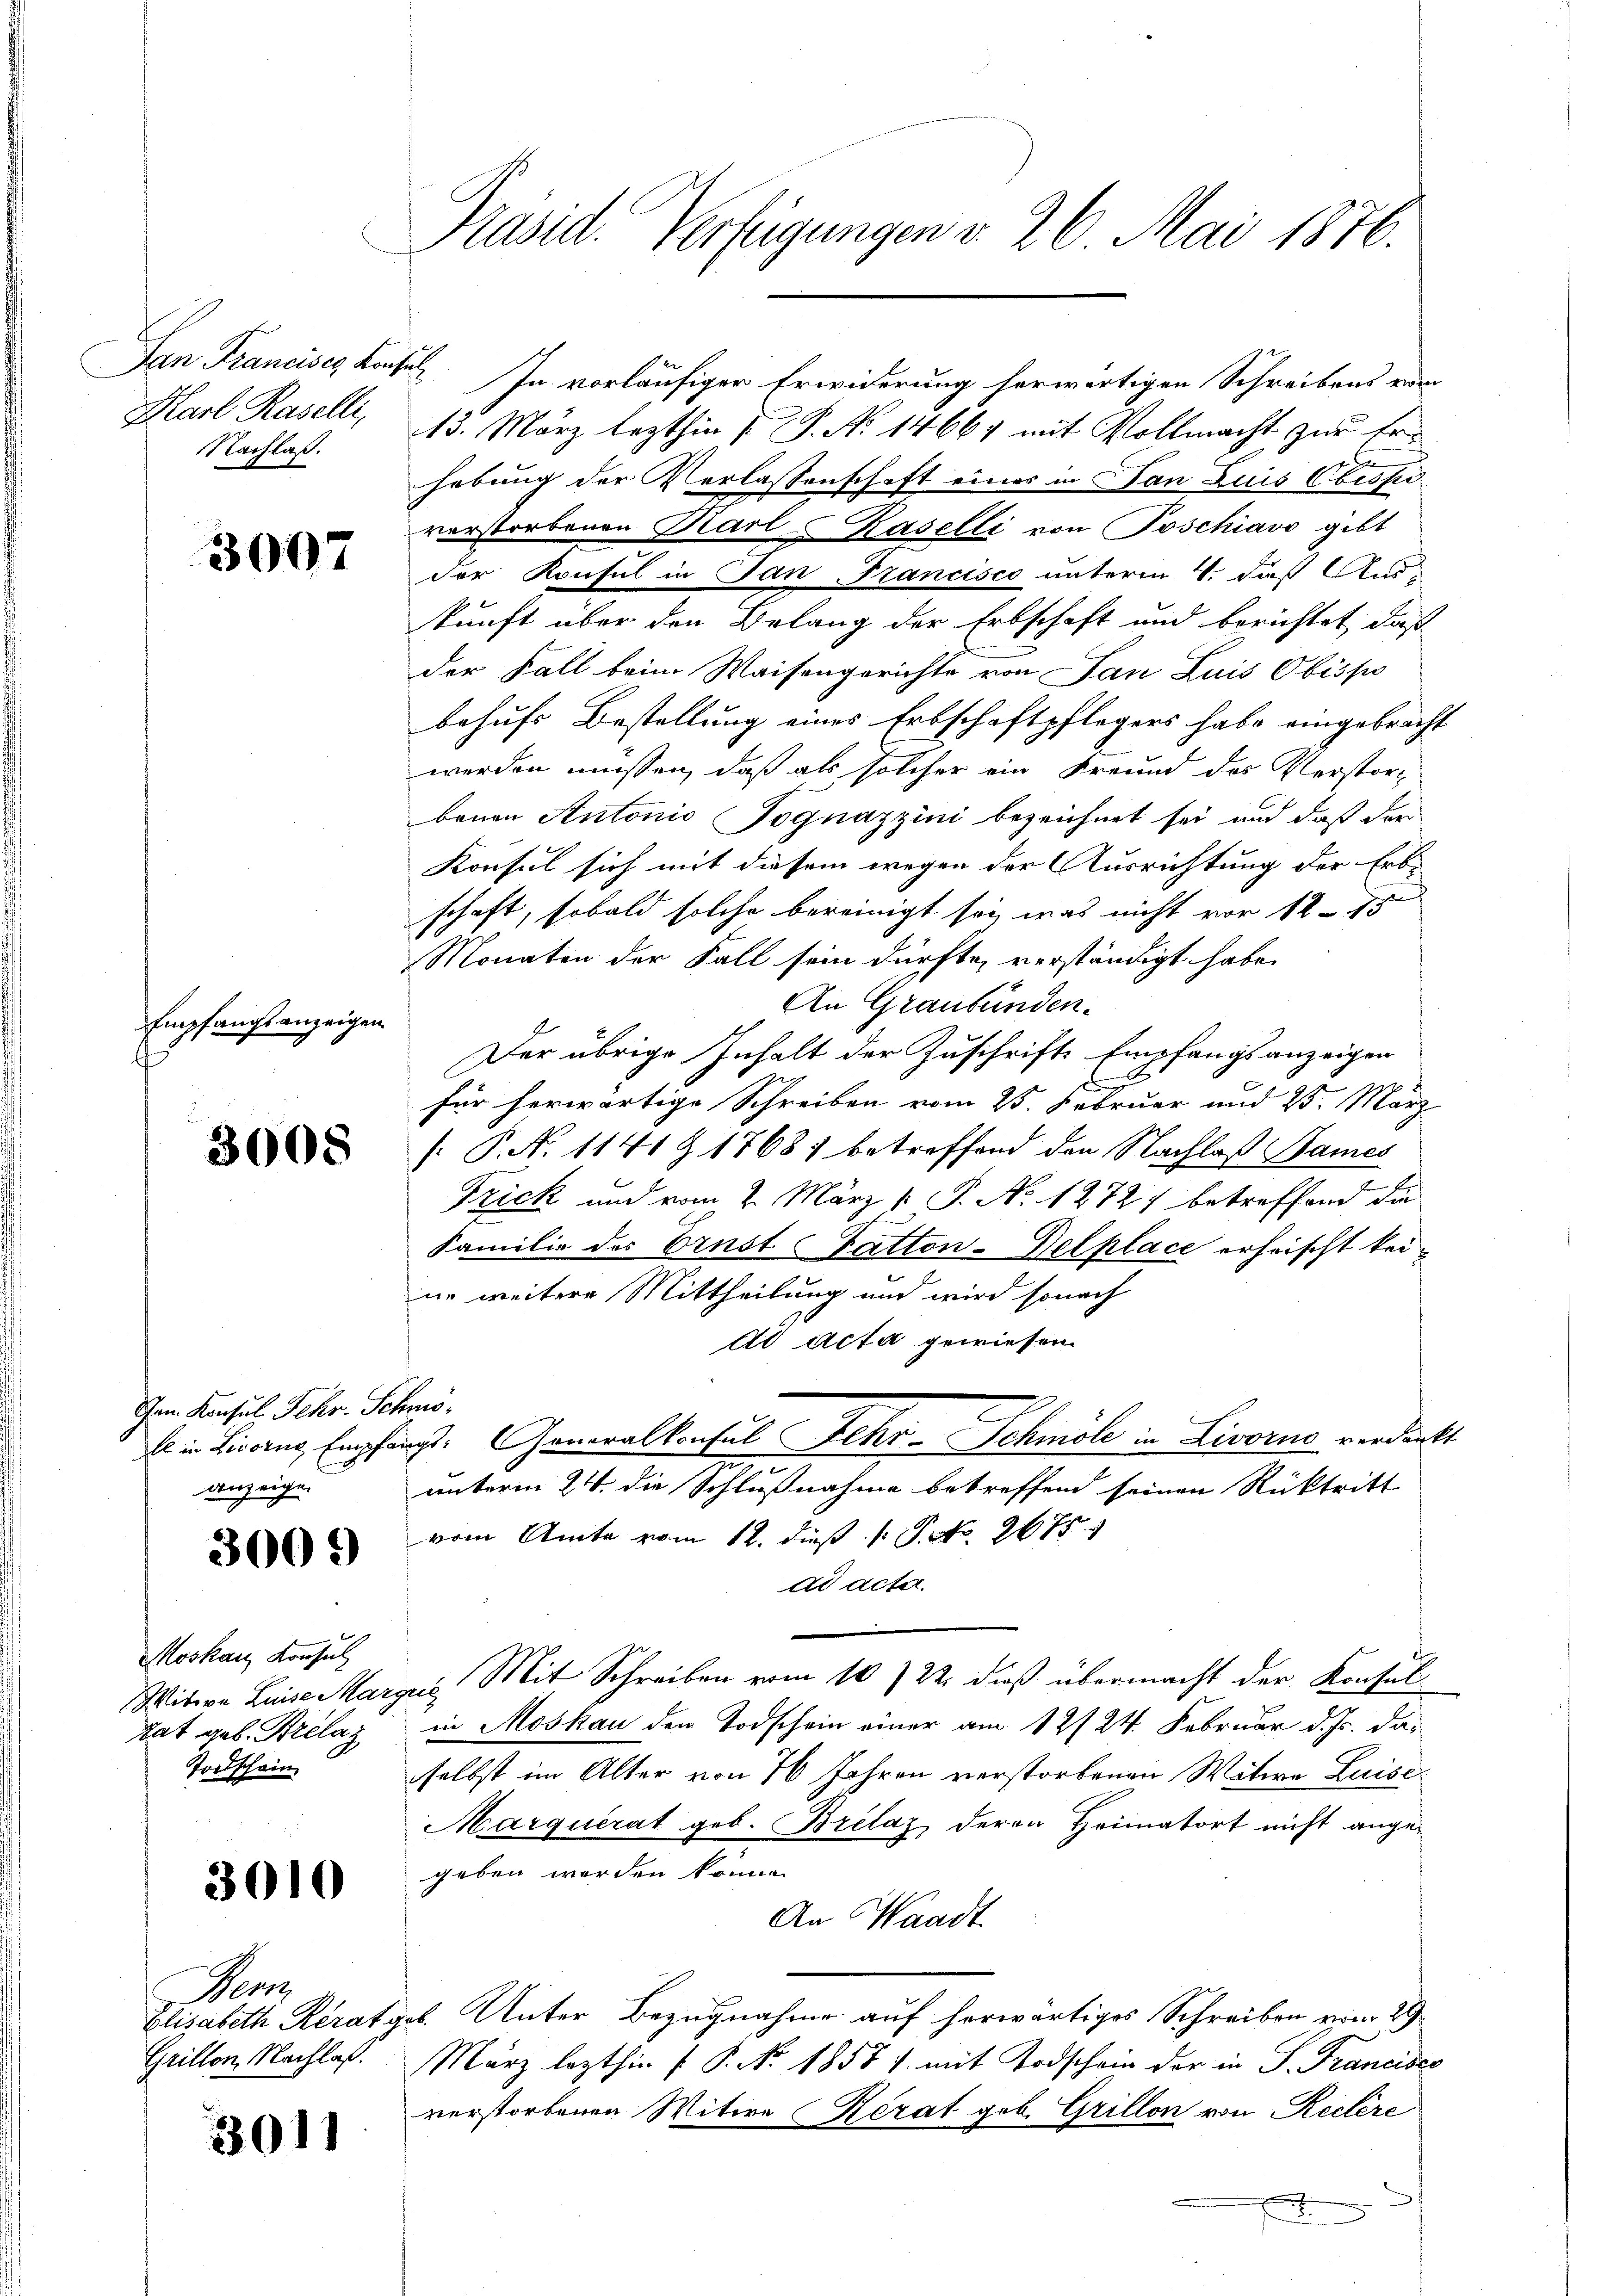
Im Gemein las
Karl Raselli,
Nachlaß.

3007

Empfangsanzeigen
4

3008

Gen. Konsul Fehr- Jes
fl in Livorne Empfa
anzeigen

300.

Moskau, Konsul
itive Luise Mar
tat geb. Brelaz
Tortschein

3010

Ge
Elisabeth Rerat
Grillon, Nachlaß.

301)

Präsid. Verfügungen v. 26. Mai 1876.

8
In vorläufiger Erwiderung herwärtigen Schreibens vom
13. März lezthin 1 S. No 14667 mit Vollmacht zur Erhebung der Verlassenschaft eines in Fan Luis bess
vorstorbenen Karl-Kaselli von Poschiavo gibt
der Konsul in San Francisco unterm 4. daß Aus-
kunft über den Belang der Erbschaft und berichtet, daß
der Fall beim Waisengerichte von Jan Luis Obispo
behufs Bestellung eines Erbschaftpflegers habe eingebracht
werden müssen, daß als solcher ein Freund des Verstor
benen Antonio Pognazzini bezeichnet sei und daß der
Konsul sich mit diesem wegen der Ausrichtung der Erb-
schaft, sobald solche bereinigt sey, was nicht vor 12 - 15
Monaten der Fall sein dürfte, verständigt habe.
An Graubünden.
Der übrige Inhalt der Zuschrift Empfangsanzeigen
.
für herwärtige Schreiben vom 23. Februar und 25. März
[: P. No 1141 Z 1768) betreffend den Nachlaß Bames
Frick und vom 2. März 1. P. No 1272 betreffend die
Familie des Ernst Satton-Delplace erheischt keine weitere Mittheilung und wird sonach
Ad Acta gewiesen.
he.
ist. Generalkonsul Fehr - Schnole in Livorus verdankt
unterm 24. die Schlußnahme betreffend seinen Rücktritt
vom Amte vom 12. dieß No 267
ad acte.
an Mit Schreiben vom 10. 22. dieß übermacht der Konsulin Moskau den Todschein einer am 12/ 24. Februar d. Js. das
selbst im Alter von 70 Jahren verstorbenen Witwe Luise¬
Marquerat geb. Brelaz deren Heimatort nicht angegeben werden könne.
An Waadt
b. Unter Bezugnahme auf herwärtiges Schreiben vom 29.
März lezthin ( P. No. 1858 f. mit Todschein der in P. Francisco
verstorbenen Witwe Kerat geb. Grillon von Reclere